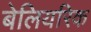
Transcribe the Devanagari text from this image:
बेलियरिक